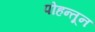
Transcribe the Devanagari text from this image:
पोहन्तून